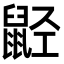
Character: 𬹭